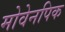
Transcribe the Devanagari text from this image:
मोवेनपिक